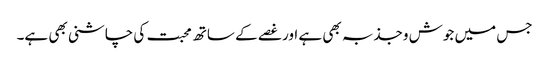
جس میں جوش وجذبہ بھی ہے اور غصے کے ساتھ محبت کی چاشنی بھی ہے۔